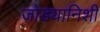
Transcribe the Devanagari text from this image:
जोड्यानिशी